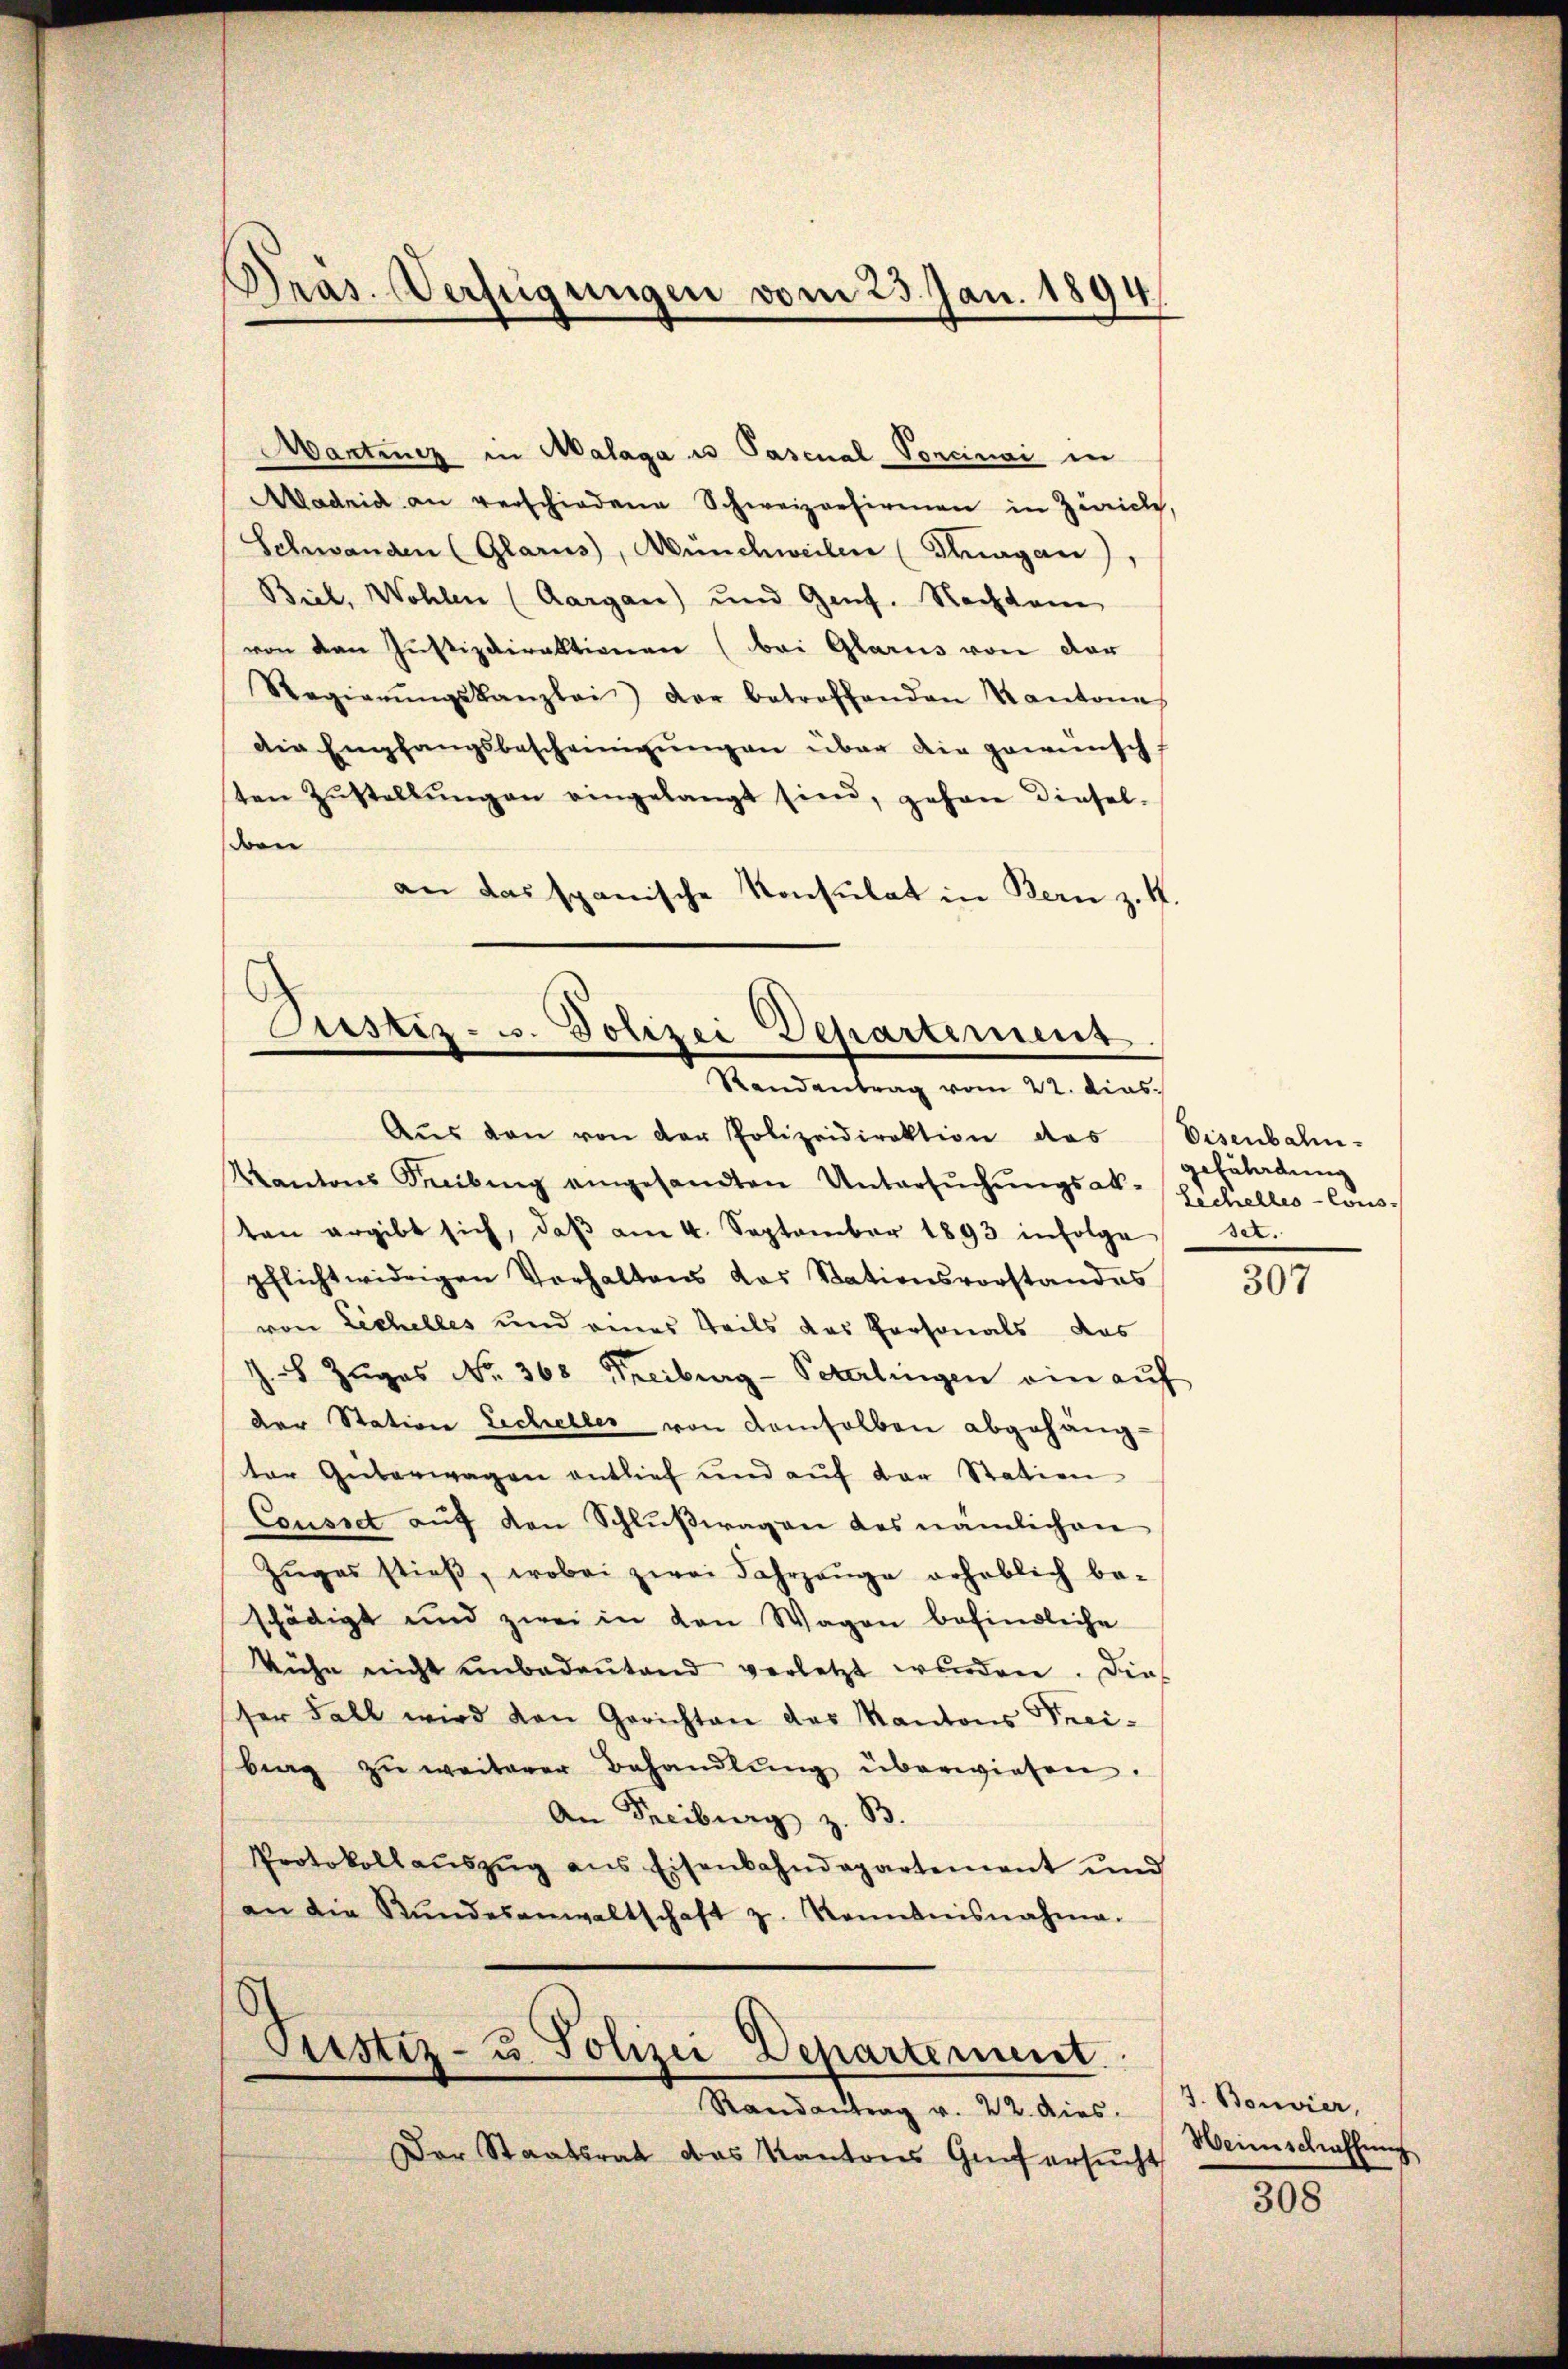
Präs. Verfügungen vom 23. Jan. 1894.

Mantenz in Malaga u Pasenal Vorcinai in
Madrid an verschiedene Schweizerfirmen in Zürich,
Schwanden (Glarus, Münchweilen (Thurgau)
Biel, Wohlen (Aargau) und Genf. Nachdem
von den Justizdirektionen (bei Glarus von der
Regierŭngskanzlei der betroffenden Kantone
die Empfangsbescheinigŭngen über die gewünsch,
ten Zŭstellŭng an eingelangt sind, gehen diesel-
en
an das spanische Konsulat in Bern z. K.

Justiz- u. Polizei Departement
Randantrag vom 22. dies

Aŭs den von der Polizeidirektion das Eisenbahn-
Kantons Freibung eingesandten Untersŭchŭngsak- Schelles-Cons-
ten ergibt sich, daβ am 4. September 1893 infolge set.
pflichtwidrigen Verhaltens das Stationsvorstandes
von Lechelles und eines Teils das Personals das
J. L. Zuges No. 368 Freiburg-Peterlingen ein aŭf
der Station Eicheller von demselben abgehäng-
ter Güterwagen entlief und aŭf der Station
Cousset aŭf den Schlŭβwagen des nämlichen
Zŭges stieß, wobei zwei Jahrzeŭge erheblich be-
schädigt und zwei in den Wagen befindliche
kühn nicht ŭnbedeŭtend verletzt wurden. Dies
ser Fall wird von Gerichten des Kantons Trei-
brag zu weiterer Behandlŭng überwiesen.
An Freiburg z. B.
Protokollaŭszŭg ans Eisenbahndepartement und
an die Stŭndesanwaltschaft z. Kenntnisnahme.

Pristiz- u. Polizei Departement.

Randantrag v. 22. dies
Der Staatsrat das Kantons Genf ersuch

gefährdung

307

J. Bonvier,
Heimschaffung

308